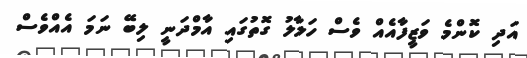
އަދި ކޮންމެ ވަޒީފާއެއް ވެސް ހަލާލު ގޮތުގައި އާމްދަނީ ލިބޭ ނަމަ އެއްވެސް